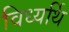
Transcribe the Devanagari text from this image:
विध्यर्थि